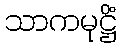
သာကမုဋ္ဌိံ